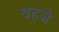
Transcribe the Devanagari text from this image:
वहजे